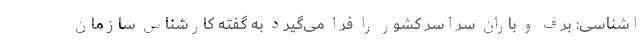
اشناسی: برف و باران سراسر کشور را فرا می‌گیرد به گفته کارشناس سازمان